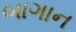
બાગાન